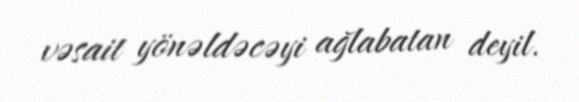
vəsait yönəldəcəyi ağlabatan deyil.